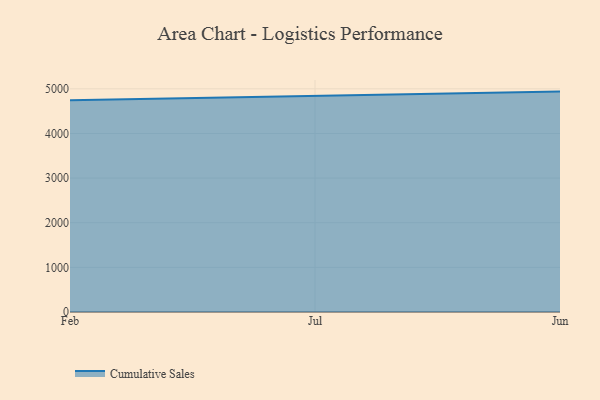
{"axis": {"x": "Month", "y": "LTV (USD)"}, "legend": ["Cumulative Sales"], "data": [{"x": "Feb", "y": 4744.7, "type": "Cumulative Sales"}, {"x": "Jul", "y": 4840.7, "type": "Cumulative Sales"}, {"x": "Jun", "y": 4938.0, "type": "Cumulative Sales"}]}